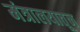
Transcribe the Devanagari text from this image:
मंत्रालयातून